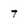
Character: 7